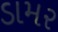
ડામર